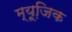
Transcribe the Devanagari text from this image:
म्‍यूजि़क